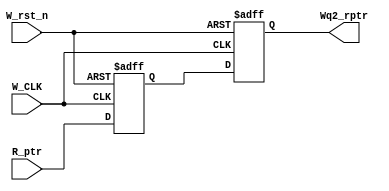
// This program was cloned from: https://github.com/MahmouodMagdi/Clock-Domain-Crossing-Synchronizers
// License: MIT License

module Sync_R2W #(

	parameter ADDR_WIDTH = 4
	
)(

// Inputs 
	input  wire 				 W_CLK,					// Write side Clock
	input  wire 				 W_rst_n,				// Active-Low reset Signal
	input  wire [ADDR_WIDTH : 0] R_ptr,					// Read Pointer that needs be synchronized
	
	
// Outputs	
	output reg [ADDR_WIDTH : 0] Wq2_rptr				// Synchronnized read pointer

);

	// Output of the 1st stage flipflop
	reg [ADDR_WIDTH : 0] Wq1_rptr;
	
	
	// Double FlipFlop synchronizer Behavior
	always @(posedge W_CLK or negedge W_rst_n)
	begin
	
		if(!W_rst_n)
		begin
		
			Wq1_rptr <= 5'b0;
			Wq2_rptr <= 5'b0;
			
		end
		
		else 
		begin
		
			Wq1_rptr <= R_ptr;
			Wq2_rptr <= Wq1_rptr;
		
		end
		
	end
	
endmodule